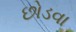
છોડવા